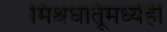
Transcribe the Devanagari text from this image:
मिश्रधातूंमध्येही